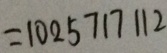
= 1 0 2 5 7 1 7 1 1 2